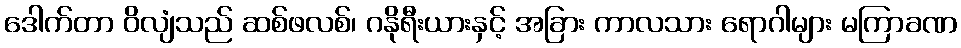
ဒေါက်တာ ဝိလျံသည် ဆစ်ဖလစ်၊ ဂနိုရီးယားနှင့် အခြား ကာလသား ရောဂါများ မကြာခဏ